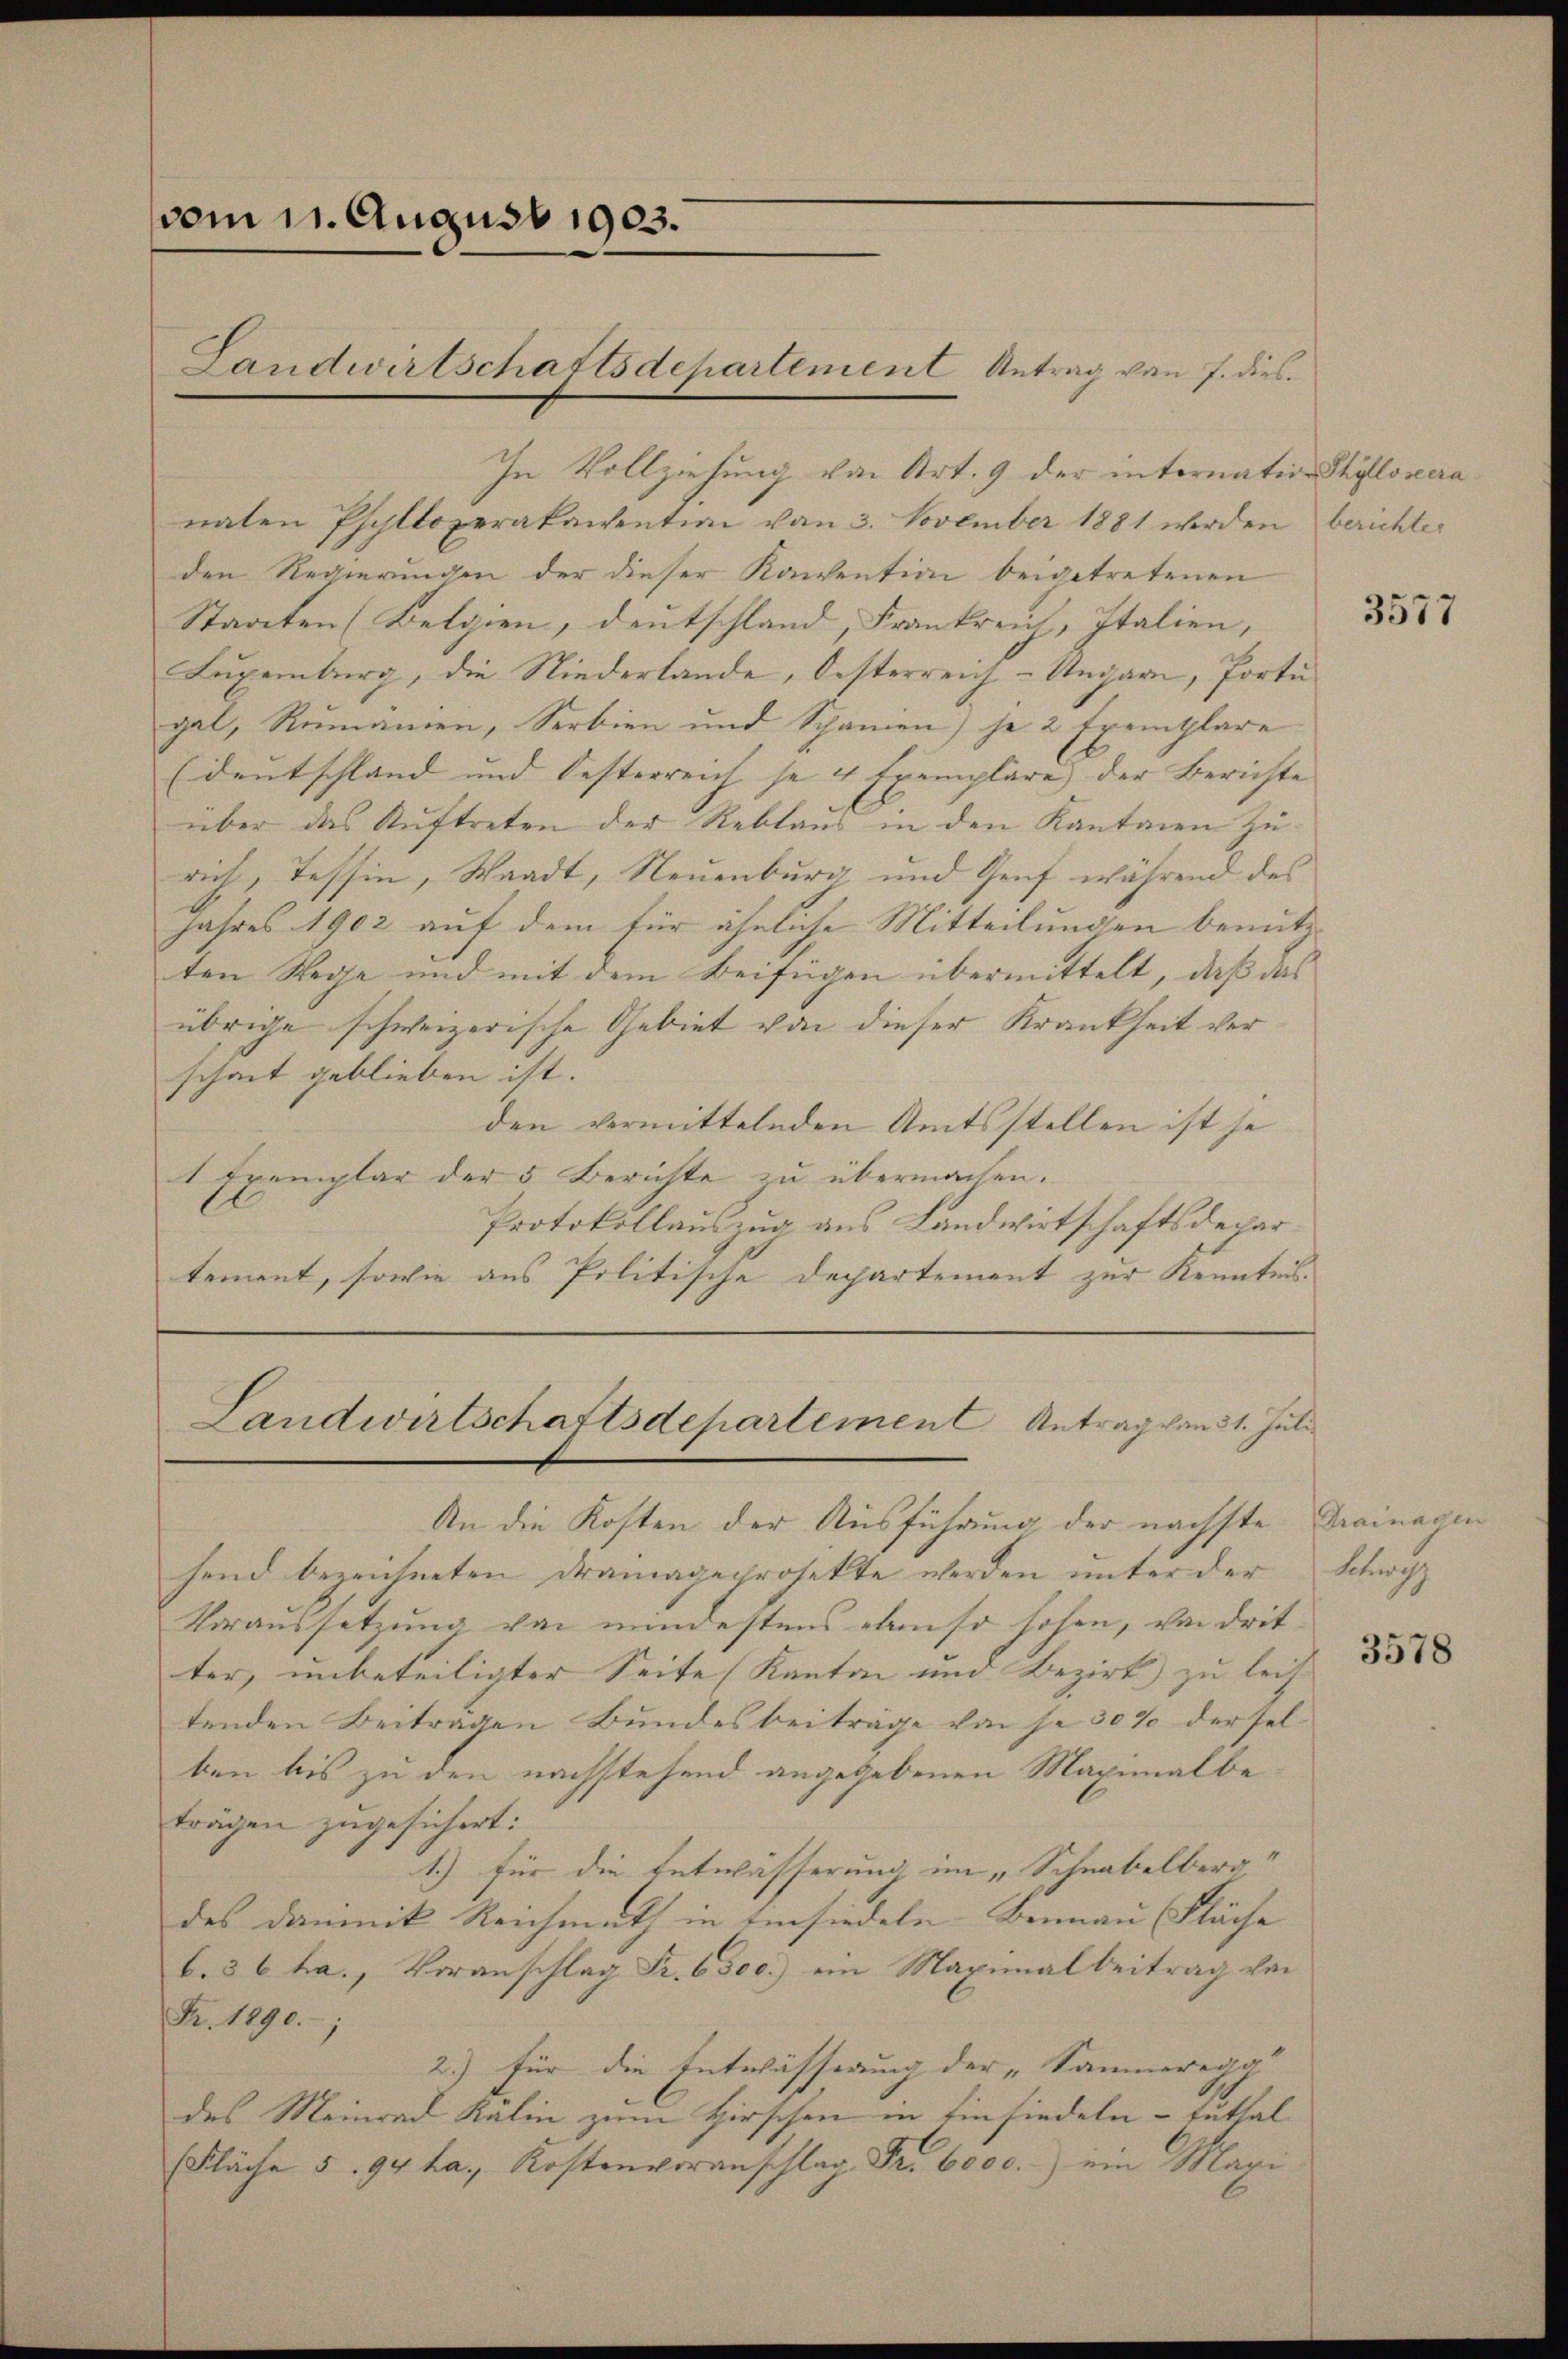
vom 11. August 1903.

In Vollziehung von Art. 9 der internation Stiflovera
naten Pfelloperakaiention von 3. November 1881 werden berichter
den Regierungen der dieser Konvention beigetretenen
Staaten (Belgien, Deutschland, Frankreich, Italien, |
Luxenburg, die Niederlande, Oesterreich-Ungarn, Porti
gat, Rumänien, Serbien und Schamen) je 2 Exemplare
(deutschland und Oesterreich je 4 Exemplare der Berichte
über das Auftreten der Reblaus in den Kantonen zu
rich, Tessin, Waadt, Neuenburg und Genf während des
Jahres 1902 auf dem für ähnliche Mitteilungen bemit
ten Wege und mit dem Beifügen übermittelt, daß das
übrige schweizerische Gebiet von dieser Krankheit verscheit geblieben ist.
den vermittelnden Amtsstellen ist se
1 Exemplar der 5 Berichte zu übermachen.
Protokollauszug aus Landwirtschaftsdepartement, sowie aus Politische Departement zur Kenntnis.
Landwirtschaftsdepartement Antrag von 31. Juli
An die Kosten der Ausführung der nächste Drainager
hend bezeichneten dramageprojekte werden unter der
Voraussetzung von mindestens ebenso hohen, von drit
ter, unbeteiligter Seite (Kanton und Bezirk zu leist
tenden Beiträgen Bundesbeiträge von je 30% derselben bis zu den nachstehend angegebenen Maximalbe
trägen zugesichert:
1.) für die Entwässerung im „Schnabelberg
des Dominik Reichmath in Einsiedeln. Beinau Fläche |
b. § 6 ha., Voranschlag Fr. 6500.) ein Maximal beitrag von
Fr. 1890.;
2.) Für die Entwässerung der „Sammeregg |
des Meinrad Kalin zum Hirschen in Einsiedeln - Enthal
Fläche 5. 94 ha. Kostenvoranschlag Fr. 6000. ein Magi

Landwirtschaftsdepartement Antrag von 7. dies¬

3577

Kuns

3578